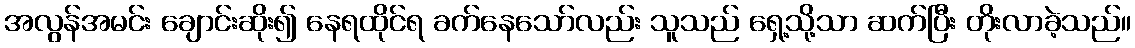
အလွန်အမင်း ချောင်းဆိုး၍ နေရထိုင်ရ ခက်နေသော်လည်း သူသည် ရှေ့သို့သာ ဆက်ပြီး တိုးလာခဲ့သည်။